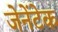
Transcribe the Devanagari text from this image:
जेनेंटेक